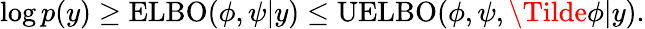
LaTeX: \begin{array}{r}{\log p(y)\geq\operatorname{ELBO}(\phi,\psi\vert y)\leq\operatorname{UELBO}(\phi,\psi,\Tilde{\phi}\vert y).}\end{array}